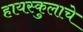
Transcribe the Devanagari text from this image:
हायस्कुलाचे